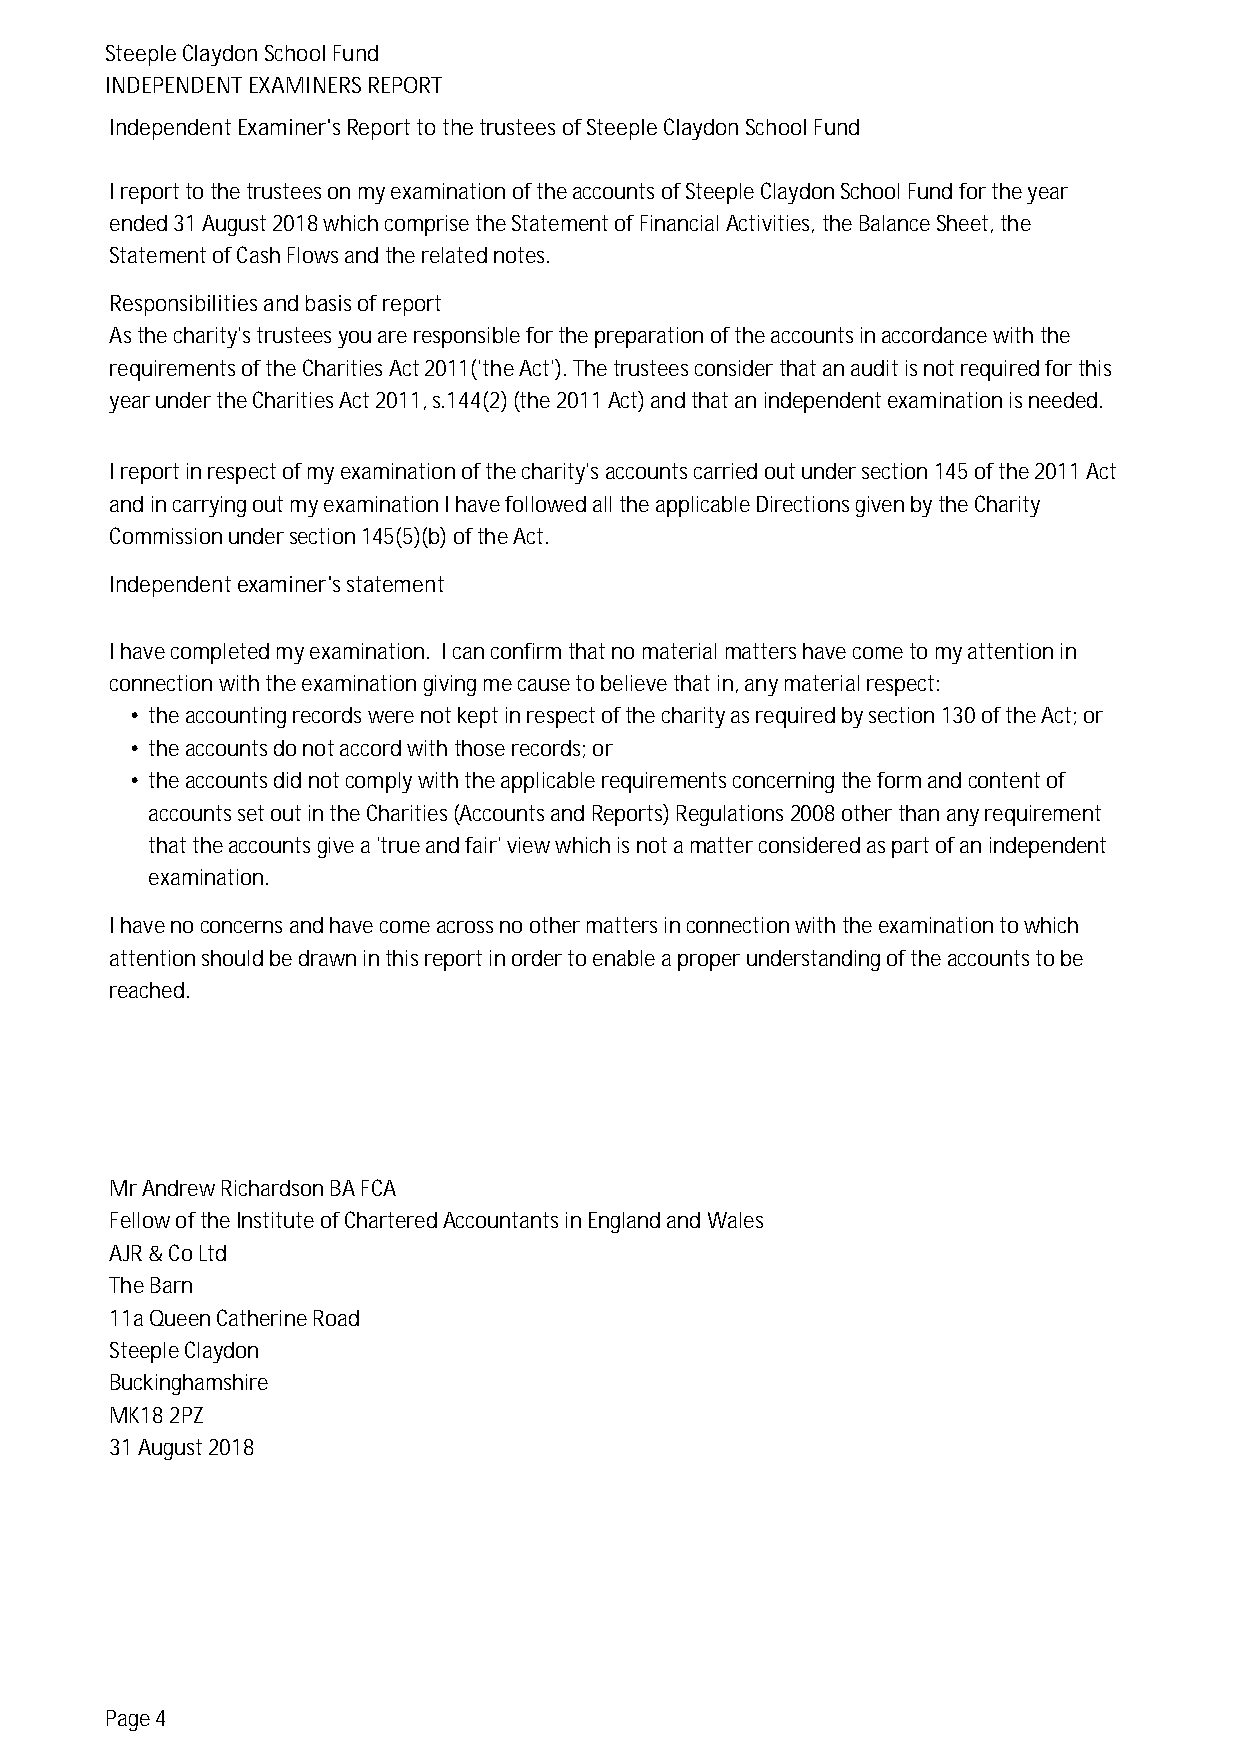
SteepleClaydonSchoolFund
 INDEPENDENTEXAMINERSREPORT
 IndependentExaminer'sReporttothetrusteesofSteepleClaydonSchoolFund
 IreporttothetrusteesonmyexaminationoftheaccountsofSteepleClaydonSchoolFundfortheyear
 ended31August2018whichcomprisetheStatementofFinancialActivities,theBalanceSheet,the
 StatementofCashFlowsandtherelatednotes.
 Responsibilitiesandbasisofreport
 Asthecharity'strusteesyouareresponsibleforthepreparationoftheaccountsinaccordancewiththe
 requirementsoftheCharitiesAct2011('theAct').Thetrusteesconsiderthatanauditisnotrequiredforthis
 yearundertheCharitiesAct2011,s.144(2)(the2011Act)andthatanindependentexaminationisneeded.
 Ireportinrespectofmyexaminationofthecharity'saccountscarriedoutundersection145ofthe2011Act
 andincarryingoutmyexaminationIhavefollowedalltheapplicableDirectionsgivenbytheCharity
 Commissionundersection145(5)(b)oftheAct.
 Independentexaminer'sstatement
 Ihavecompletedmyexamination. Icanconfirmthatnomaterialmattershavecometomyattentionin
 connectionwiththeexaminationgivingmecausetobelievethatin,anymaterialrespect:
 • theaccountingrecordswerenotkeptinrespectofthecharityasrequiredbysection130oftheAct;or
 • theaccountsdonotaccordwiththoserecords;or
 • theaccountsdidnotcomplywiththeapplicablerequirementsconcerningtheformandcontentof
 accountssetoutintheCharities(AccountsandReports)Regulations2008otherthananyrequirement
 thattheaccountsgivea'trueandfair'viewwhichisnotamatterconsideredaspartofanindependent
 examination.
 Ihavenoconcernsandhavecomeacrossnoothermattersinconnectionwiththeexaminationtowhich
 attentionshouldbedrawninthisreportinordertoenableaproperunderstandingoftheaccountstobe
 reached.
 MrAndrewRichardsonBAFCA
 FellowoftheInstituteofCharteredAccountantsinEnglandandWales
 AJR&CoLtd
 TheBarn
 11aQueenCatherineRoad
 SteepleClaydon
 Buckinghamshire
 MK182PZ
 31August2018
 Page4